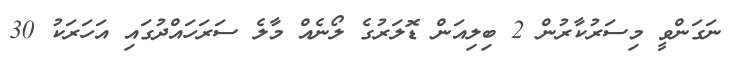
ނަގަންވީ މިސަރުކާރުން 2 ބިލިއަން ޑޮލަރުގެ ލޯނެއް މާލެ ސަރަހައްދުގައި އަހަރަކު 30